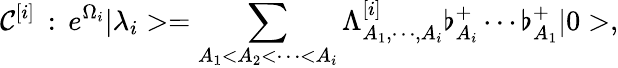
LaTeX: {\cal C}^{[i]}\, :\, e^{\Omega_{i}}|\lambda_{i}>=\sum_{A_{1}<A_{2}<\cdots<A_{i}}\Lambda_{A_{1},\cdots,A_{i}}^{[i]}\flat_{A_{i}}^{+}\cdots\flat_{A_{1}}^{+}|0>,